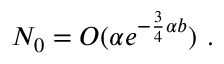
N _ { 0 } = O ( \alpha e ^ { - \frac { 3 } { 4 } \alpha b } ) \ .